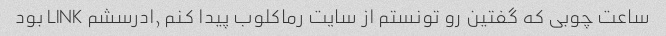
ساعت چوبی که گفتین رو تونستم از سایت رماکلوب پیدا کنم ,ادرسشم LINK بود